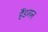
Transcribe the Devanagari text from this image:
हैंडगन